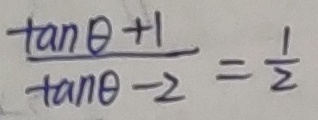
\frac { \tan \theta + 1 } { \tan \theta - 2 } = \frac { 1 } { 2 }